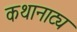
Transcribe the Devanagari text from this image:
कथानाट्य